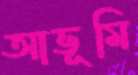
আভূমি